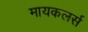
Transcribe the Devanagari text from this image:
मायकलर्स